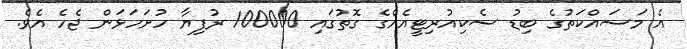
އެ މަސައްކަތުގެ ބިޑު ސެކިއުރިޓީއެއްގެ ގޮތުގައި 100000 ރުފިޔާ ހުށަހަޅަން ޖެހެ އެވެ.